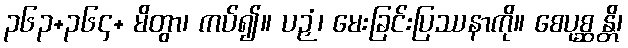
၃၆၃+၃၆၄+ မိတွာ၊ ကပ်၍။ ပဉှံ၊ မေးခြင်းပြဿနာကို။ စေပုစ္ဆန္တိ၊